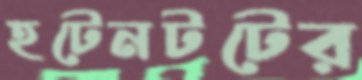
হটেনটটের